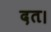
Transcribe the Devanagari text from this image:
दत।